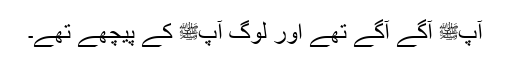
آپﷺ آگے آگے تھے اور لوگ آپﷺ کے پیچھے تھے۔